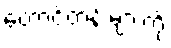
တောင်တန်းများကို